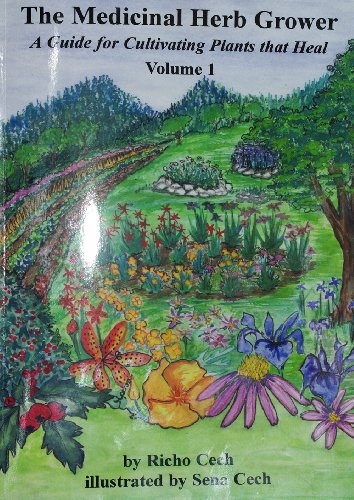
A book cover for The Medicinal Herb Grower, Volume 1; Richard A (Richo) Cech; Crafts, Hobbies & Home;